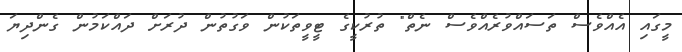
މީގައި އެއްވެސް ތަސައްވުރެއްވެސް ނެތް" ތުރުކީގެ ޓީވީތަކުން ވަގުތުން ދުރަށް ދައްކަމުން ގެންދިޔަ